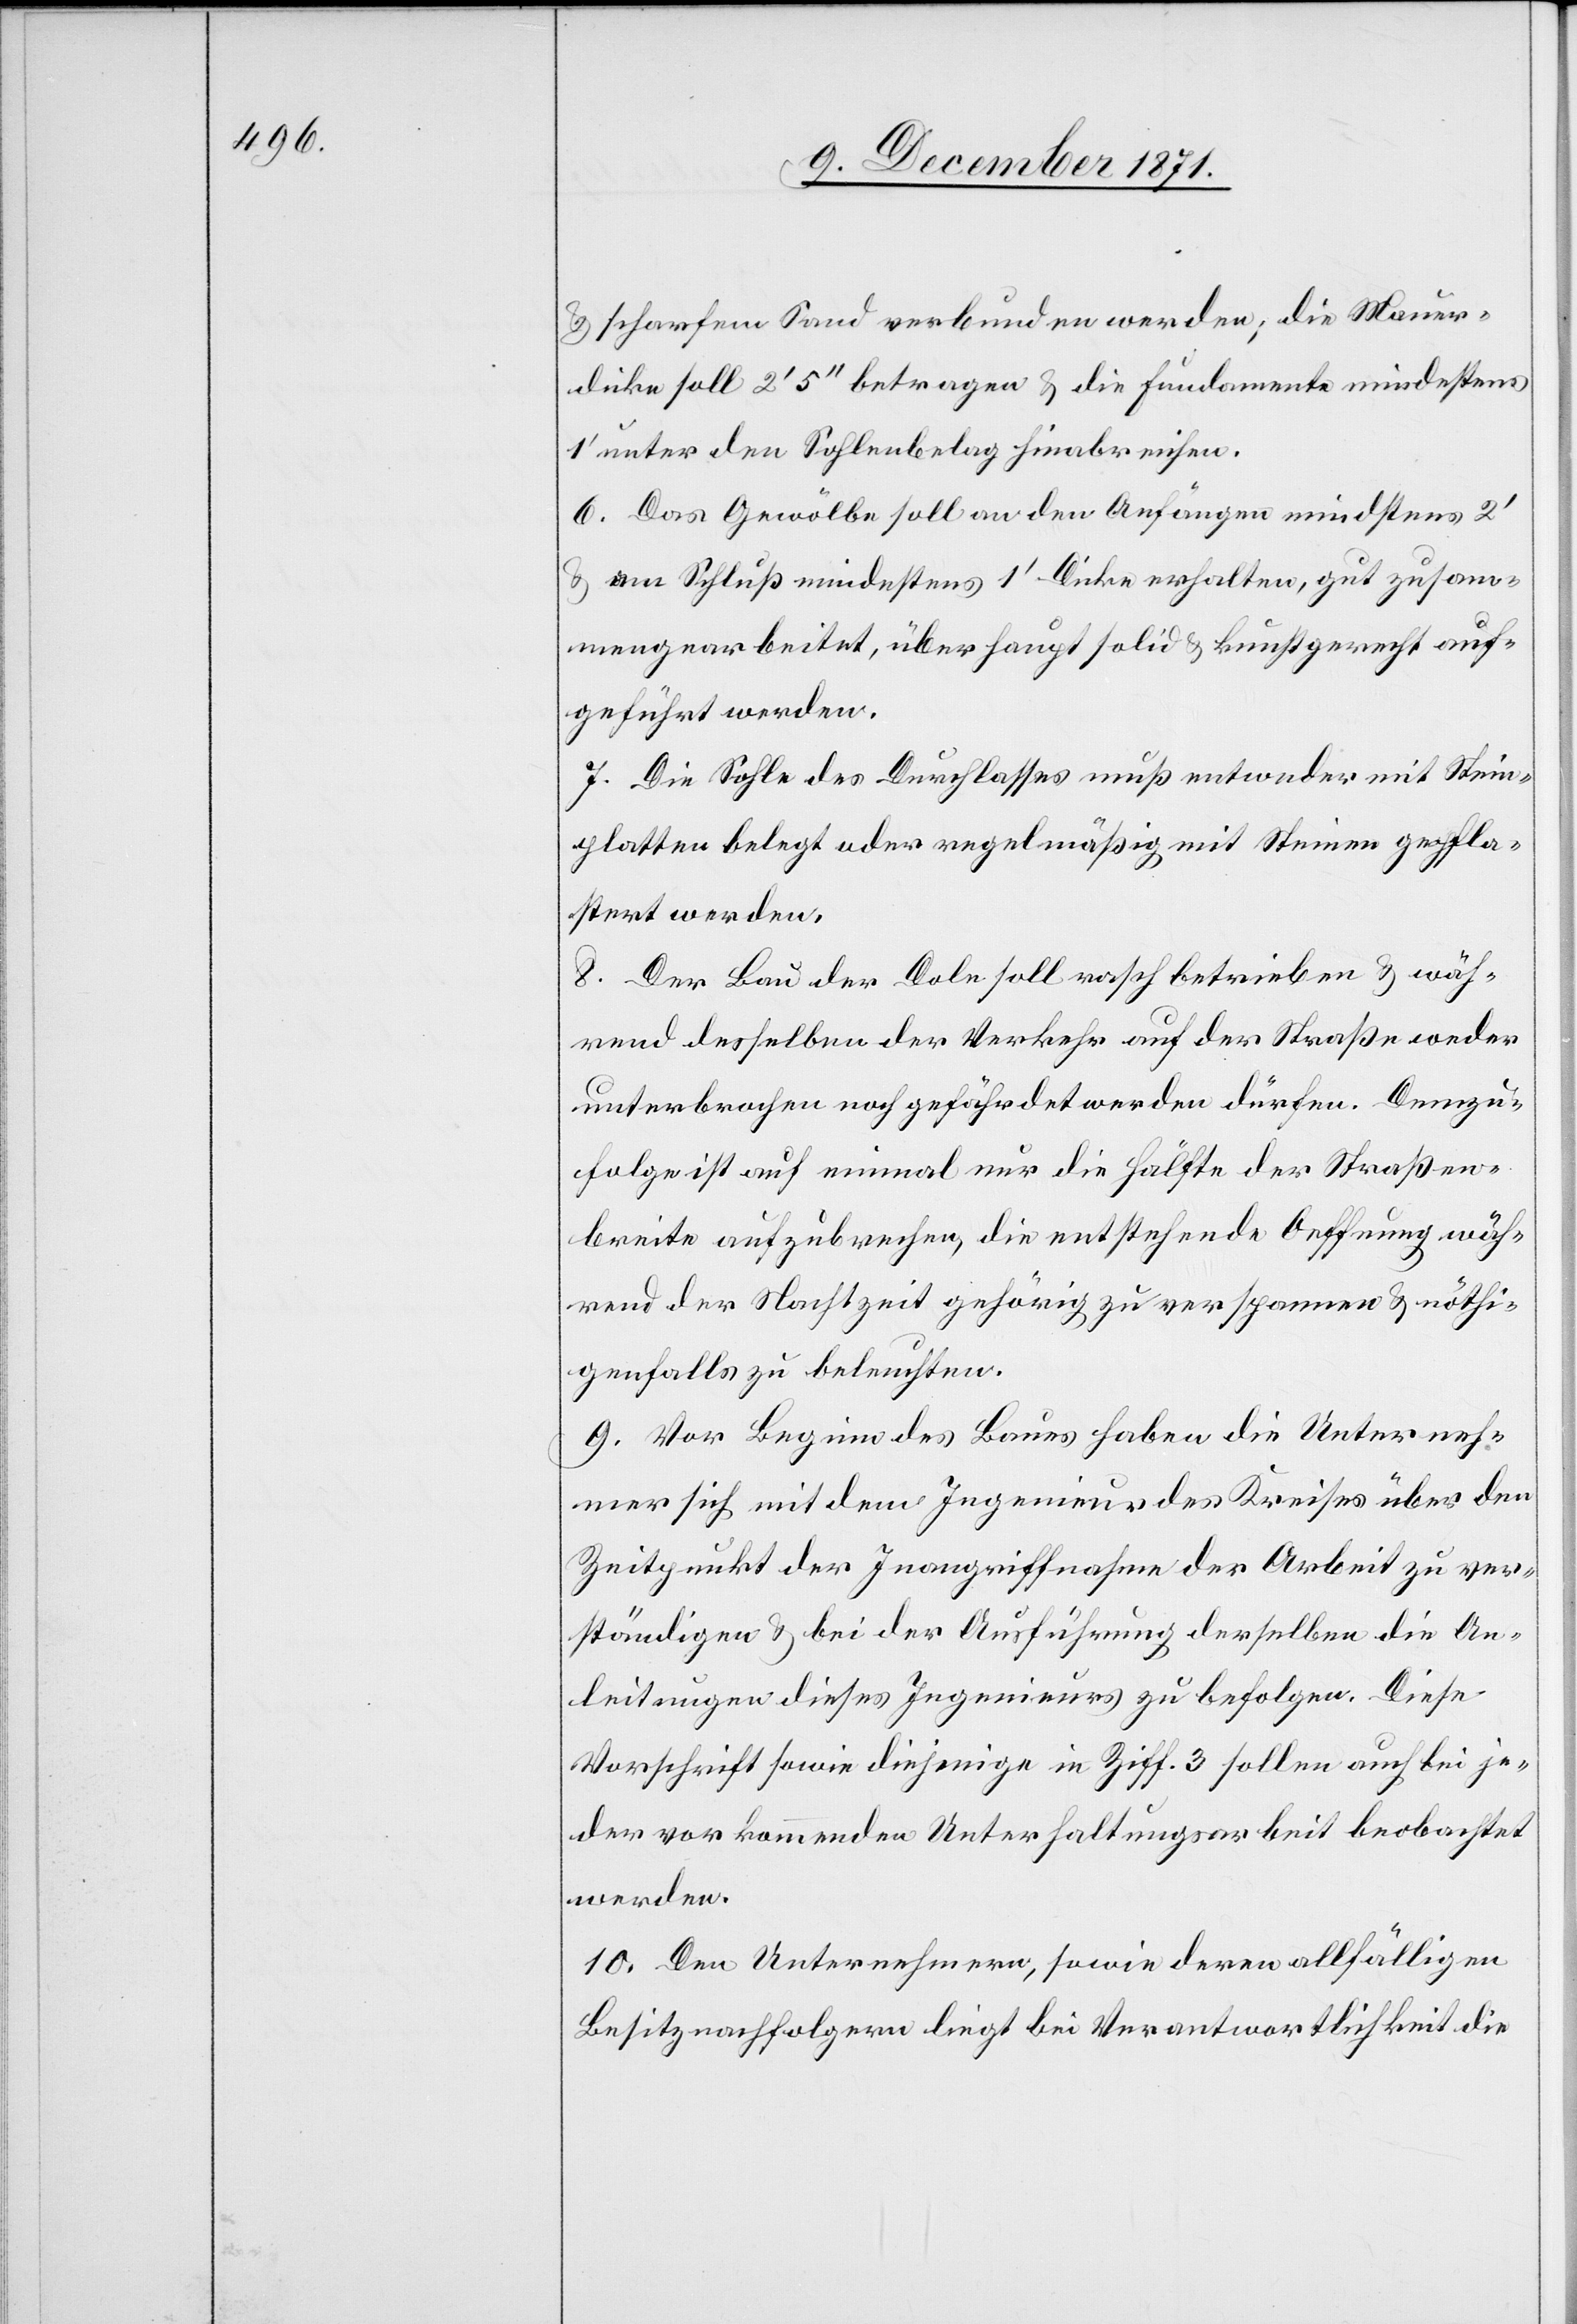
& scharfem Sand verbunden werden; die Mauer¬
dicke soll 2’ 5’’ betragen & die Fundamente mindestens
1’ unter den Sohlenbelag hinabreichen.
6. Das Gewölbe soll an den Anfängen mindestens 20
& am Schluß mindestens 1’ Dicke erhalten, gut zusam¬
mengearbeitet, überhaupt solid & kunstgerecht auf¬
geführt werden.
7. Die Sohle des Durchlasses muß entweder mit Stein¬
platten belegt oder regelmäßig mit Steinen gepfla¬
stert werden.
8. Der Bau der Dole soll rasch betrieben & wäh¬
rend desselben der Verkehr auf der Straße weder
unterbrochen noch gefährdet werden dürfen. Demzu¬
folge ist auf einmal nur die Hälfte der Straßen¬
arbeiten aufzubrechen, die entstehende Oeffnung wäh¬
rend der Nachtzeit gehörig zu verspannen & nöthi¬
genfalls zu beleuchten.
9. Vor Beginn des Baues haben die Unterneh¬
mer sich mit dem Ingenieur des Kreises über den
Zeitpunkt der Inangriffnahme der Arbeit zu ver¬
ständigen & bei der Ausführung derselben die An¬
leitungen dieses Ingenieurs zu befolgen. Diese
Vorschrift sowie diejenige in Ziff. 3 sollen auch bei je¬
der vorkommenden Unterhaltungsarbeit beobachtet
werden.
10. Den Unternehmern, sowie deren allfälligen
Besitznachfolgern liegt bei Verantwortlichkeit die